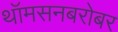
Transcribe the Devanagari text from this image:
थॉमसनबरोबर